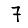
Digit: 7